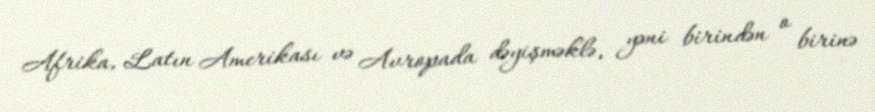
Afrika, Latın Amerikası və Avropada dəyişməklə, yəni birindən o birinə